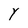
Character: Y